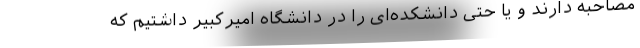
مصاحبه دارند و یا حتی دانشکده‌ای را در دانشگاه امیرکبیر داشتیم که